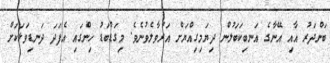
ބަންދަރު އާއި އޭނާގެ އަނބިކަބަލުން ދިޔަމިގިއްޔަށް އަރުވާލެވުނެވެ. މިގަޑުބަޑު ހިންގައި އެފަދަ ދަނޑިވަޅަކަށް